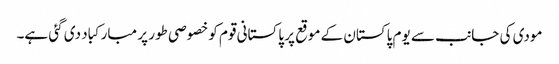
مودی کی جانب سے یوم پاکستان کے موقع پر پاکستانی قوم کو خصوصی طور پر مبارکباد دی گئی ہے۔